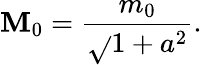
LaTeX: \mathbf{M}_{0}=\frac{{m_{0}}}{{\sqrt{}{{1+a^{2}}}}}.